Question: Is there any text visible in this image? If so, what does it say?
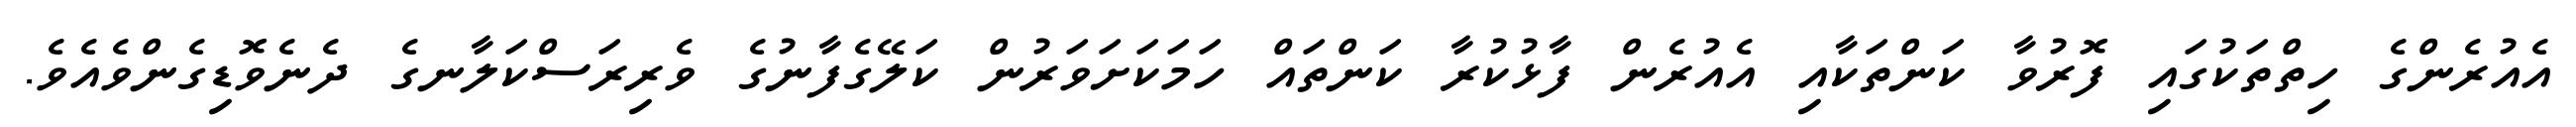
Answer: އެއުރެންގެ ހިތްތަކުގައި ފޮރުވާ ކަންތަކާއި އެއުރެން ފާޅުކުރާ ކަންތައް ހަމަކަށަވަރުން ކަލޭގެފާނުގެ ވެރިރަސްކަލާނގެ ދެނެވޮޑިގެންވެއެވެ.